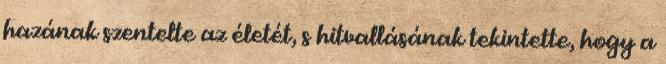
hazának szentelte az életét, s hitvallásának tekintette, hogy a